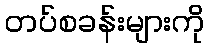
တပ်စခန်းများကို